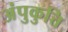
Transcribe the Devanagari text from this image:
अंपुकुत्ति